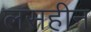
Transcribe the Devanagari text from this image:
लसहीन